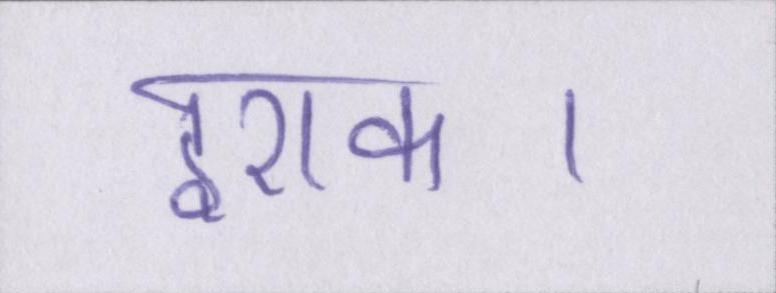
इराक।